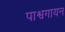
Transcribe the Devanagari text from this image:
पाश्वगायन